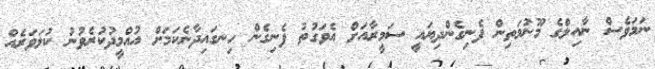
ނަމަވެސް ނާއިލްގެ މޫނުމަތިން ފެނިގެންދިޔައީ ސަމީރާއަށް އެވަގުތު ފެނިގެން ހިނގައިދާނެކަމަށް އުއްމީދުކުރެވުނު ކުލަވަރެއް